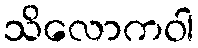
သိလောကဝါ